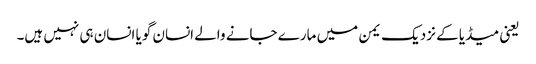
یعنی میڈیا کے نزدیک یمن میں مارے جانے والے انسان گویا انسان ہی نہیں ہیں۔